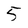
Character: 5